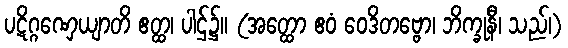
ပဋိဂ္ဂဏှေယျာတိ ဧတ္ထ၊ ပါဌ်၌။ (အတ္ထော ဧဝံ ဝေဒိတဗ္ဗော၊ ဘိက္ခုနီ၊ သည်၊)